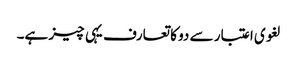
لغوی اعتبار سے دو کا تعارف یہی چیز ہے۔